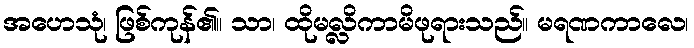
အဟေသုံ၊ ဖြစ်ကုန်၏။ သာ၊ ထိုမလ္လိကာမိဖုရားသည်။ မရဏကာလေ၊